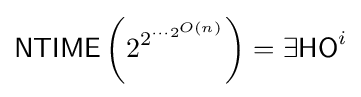
{\mathsf {NTIME}}\left(2^{2^{\cdots {2^{O(n)}}}}\right)=\exists {}{\mathsf {HO}}^{i}